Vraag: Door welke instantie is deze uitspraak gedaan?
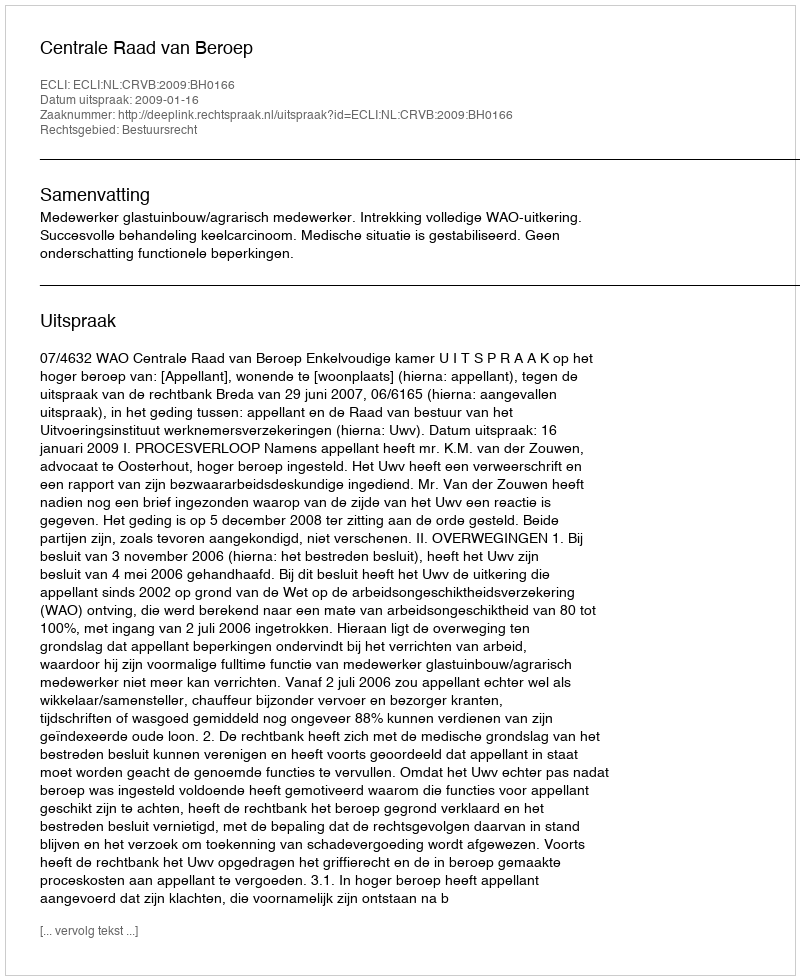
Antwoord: Centrale Raad van Beroep